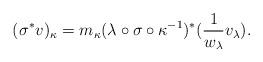
LaTeX: \begin{align*}(\sigma^*v)_\kappa=m_\kappa (\lambda\circ \sigma\circ \kappa^{-1})^*(\frac{1}{w_\lambda}v_\lambda).\end{align*}